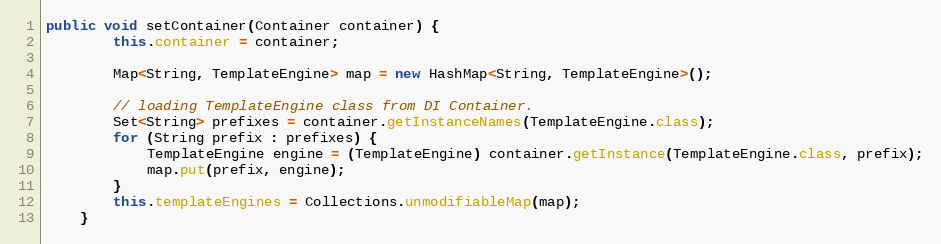
Language: Java
public void setContainer(Container container) {
		this.container = container;

		Map<String, TemplateEngine> map = new HashMap<String, TemplateEngine>();

		// loading TemplateEngine class from DI Container.
		Set<String> prefixes = container.getInstanceNames(TemplateEngine.class);
		for (String prefix : prefixes) {
			TemplateEngine engine = (TemplateEngine) container.getInstance(TemplateEngine.class, prefix);
			map.put(prefix, engine);
		}
		this.templateEngines = Collections.unmodifiableMap(map);
	}